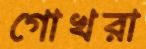
গোখরা